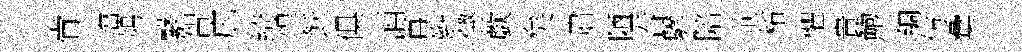
肻璫鳩繋智庇綺惶飫俱酒再辫懲歔矣肅陋吞驂陪荊柘懼貴鮑綢仿彙